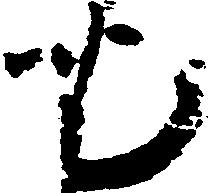
也